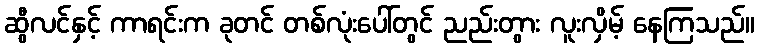
ဆွီလင်နှင့် ကာရင်းက ခုတင် တစ်လုံးပေါ်တွင် ညည်းတွား လူးလှိမ့် နေကြသည်။